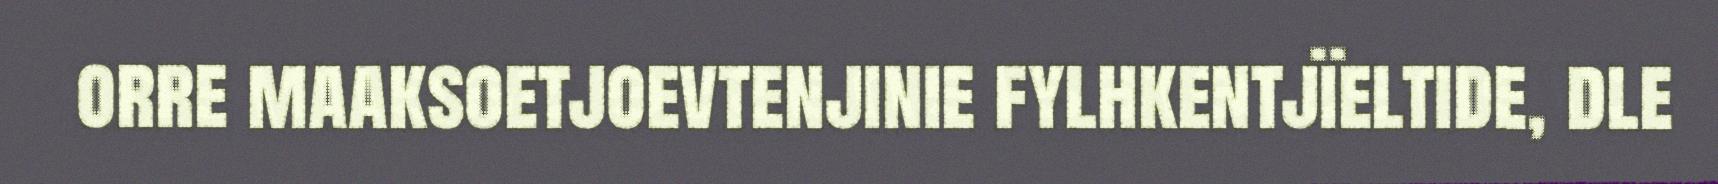
orre maaksoetjoevtenjinie fylhkentjïeltide, dle